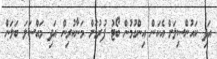
އަދި ކައުންސިލަށް އެކަން އިންގުމުން ބޯޓު ފުރުމަށް މަނާކުރިން އަދި މައްސަލަ ބަލަން